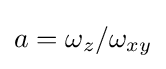
a=\omega _{z}/\omega _{xy}